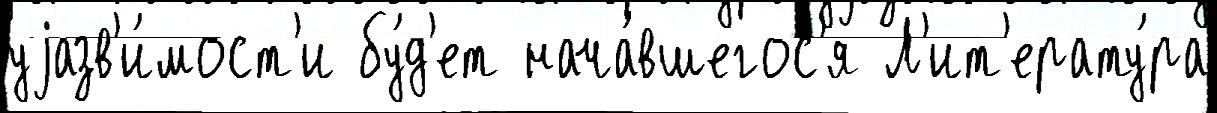
уjазв'и́мост'и бу́д'ет нача́вшегос'я Л'ит'ерату́ра